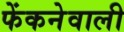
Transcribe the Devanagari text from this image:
फेंकनेवाली